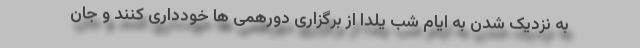
به نزدیک شدن به ایام شب یلدا از برگزاری دورهمی ها خودداری کنند و جان